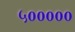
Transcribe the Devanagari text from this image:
५०००००